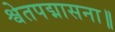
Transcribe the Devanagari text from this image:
श्वेतपद्मासना॥